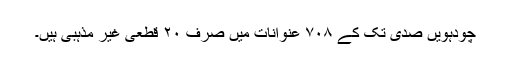
چودہویں صدی تک کے ۷۰۸ عنوانات میں صرف ۲۰ قطعی غیر مذہبی ہیں۔